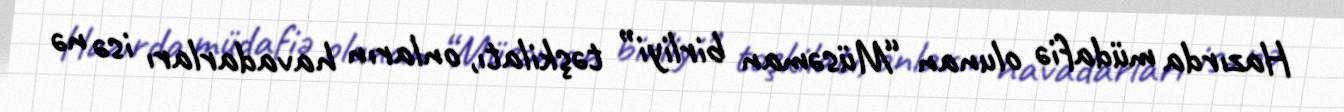
Hazırda müdafiə olunan “Müsəman birliyi” təşkilatı, onların havadarları isə nə